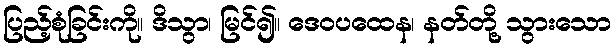
ပြည့်စုံခြင်းကို။ ဒိသွာ၊ မြင်၍။ ဒေဝပထေန၊ နတ်တို့ သွားသော